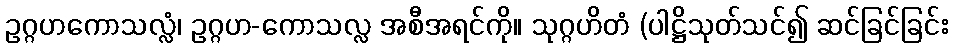
ဥဂ္ဂဟကောသလ္လံ၊ ဥဂ္ဂဟ-ကောသလ္လ အစီအရင်ကို။ သုဂ္ဂဟိတံ (ပါဋ္ဌိသုတ်သင်၍ ဆင်ခြင်ခြင်း